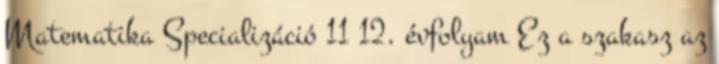
Matematika Specializáció 11 12. évfolyam Ez a szakasz az